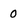
Character: 0